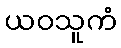
ယဝသူကံ